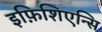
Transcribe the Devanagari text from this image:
इफ़िशिएन्सि